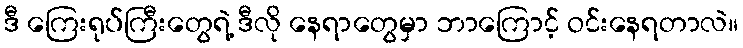
ဒီ ကြေးရုပ်ကြီးတွေရဲ့ ဒီလို နေရာတွေမှာ ဘာကြောင့် ဝင်းနေရတာလဲ။